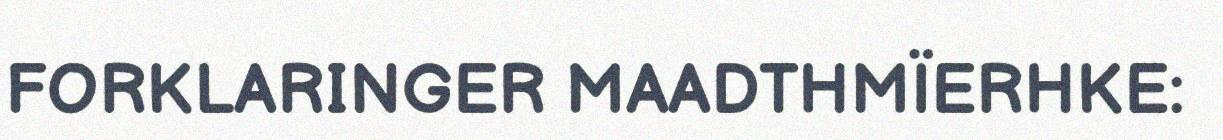
FORKLARINGER MAADTHMÏERHKE: